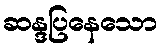
ဆန္ဒပြနေသော